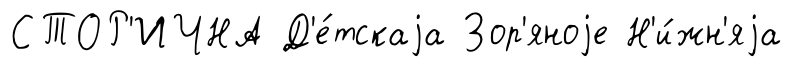
СТОР'ИЧНА Д'е́тскаjа Зор'яноjе Н'и́жн'яjа